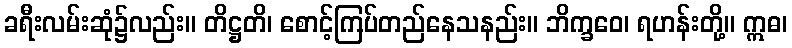
ခရီးလမ်းဆုံ၌လည်း။ တိဋ္ဌတိ၊ စောင့်ကြပ်တည်နေသနည်း။ ဘိက္ခဝေ၊ ရဟန်းတို့။ ဣဓ၊